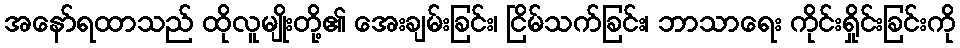
အနော်ရထာသည် ထိုလူမျိုးတို့၏ အေးချမ်းခြင်း၊ ငြိမ်သက်ခြင်း၊ ဘာသာရေး ကိုင်းရှိုင်းခြင်းကို